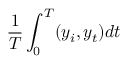
\frac { 1 } { T } \int _ { 0 } ^ { T } ( y _ { i } , y _ { t } ) d t